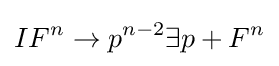
IF^{n}\rightarrow p^{n-2}\exists p+F^{n}